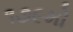
૧૭૯મો